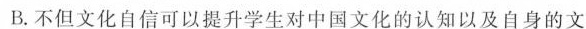
B,不但文化自信可以提升学生对中国文化的认知以及自身的文